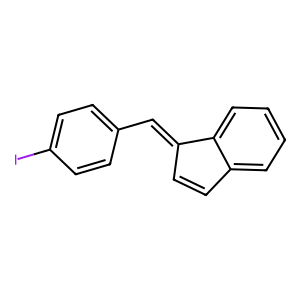
SMILES: Ic1ccc(C=C2C=Cc3ccccc32)cc1
Inhibits HIV replication: No